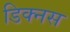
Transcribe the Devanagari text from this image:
डिक्नस